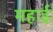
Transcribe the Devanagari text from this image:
महाई